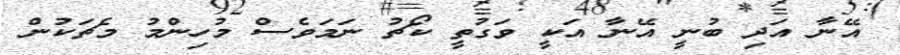
އޭނާ އަދި ބުނީ އޭނާ އަކީ ވަގުތީ ކޯޗު ނަމަވެސް މުހިންމު މެޗަކުން